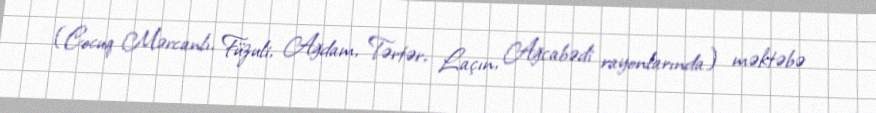
(Cocuq Mərcanlı, Füzuli, Ağdam, Tərtər, Laçın, Ağcabədi rayonlarında) məktəbə